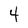
Character: 4